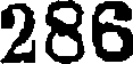
286